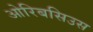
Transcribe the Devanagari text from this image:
ओरिबसिउस